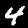
Label: 4